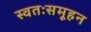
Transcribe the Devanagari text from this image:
स्वतःसमूहन